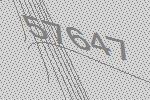
57647